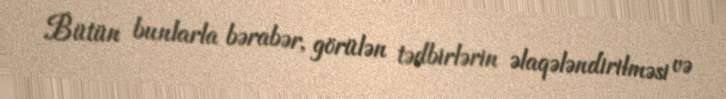
Bütün bunlarla bərabər, görülən tədbirlərin əlaqələndirilməsi və